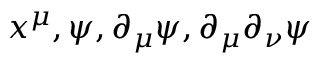
x ^ { \mu } , \psi , \partial _ { \mu } \psi , \partial _ { \mu } \partial _ { \nu } \psi